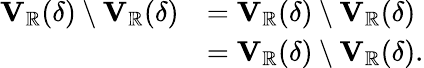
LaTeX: \begin{array}{rl}{\mathbf{V}_{\mathbb{R}}(\delta)\setminus\mathbf{V}_{\mathbb{R}}(\delta)}&{=\mathbf{V}_{\mathbb{R}}(\delta)\setminus\mathbf{V}_{\mathbb{R}}(\delta)}\\ &{=\mathbf{V}_{\mathbb{R}}(\delta)\setminus\mathbf{V}_{\mathbb{R}}(\delta).}\end{array}